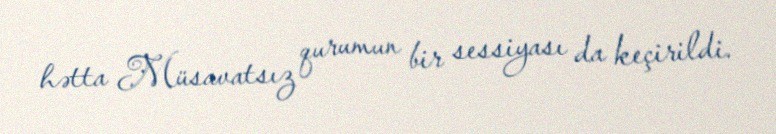
hətta Müsavatsız qurumun bir sessiyası da keçirildi.